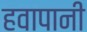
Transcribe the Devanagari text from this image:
हवापानी